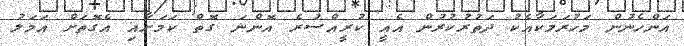
އަންހެނުން މަހުރަމަކާއެކު ދަތުރުކުރުން އެއީ ކުރީއްސުރެ އޮންނަ ގޮތް ކަމަށާއި އެގޮތަށް އަމަލު